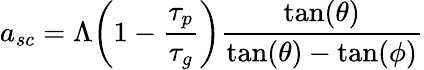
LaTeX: a_{sc}=\Lambda\bigg(1-\frac{\tau_{p}}{\tau_{g}}\bigg)\frac{\tan(\theta)}{\tan(\theta)-\tan(\phi)}